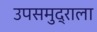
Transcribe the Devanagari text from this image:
उपसमुद्राला